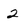
Character: 2